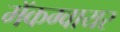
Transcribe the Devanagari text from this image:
मॅकग्वायर